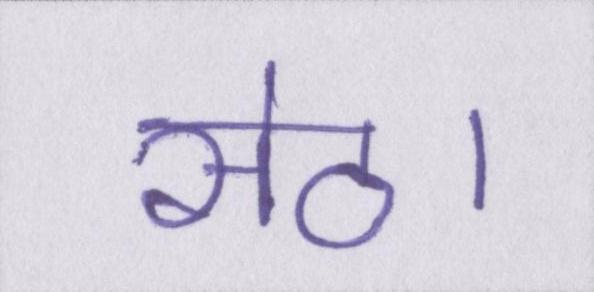
सेठ।